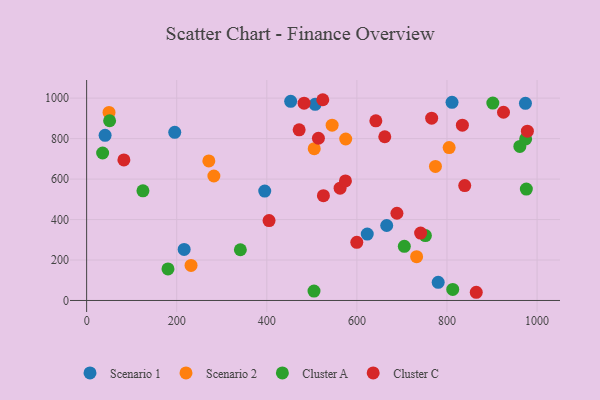
{"axis": {"x": "Study Hours", "y": "Fuel Efficiency"}, "legend": ["Cluster A", "Cluster C", "Scenario 1", "Scenario 2"], "data": [{"x": "453.0", "y": 984.5, "type": "Scenario 1"}, {"x": "623.0", "y": 328.4, "type": "Scenario 1"}, {"x": "395.4", "y": 540.9, "type": "Scenario 1"}, {"x": "507.3", "y": 969.7, "type": "Scenario 1"}, {"x": "41.0", "y": 816.4, "type": "Scenario 1"}, {"x": "811.2", "y": 979.2, "type": "Scenario 1"}, {"x": "216.5", "y": 252.4, "type": "Scenario 1"}, {"x": "780.5", "y": 89.7, "type": "Scenario 1"}, {"x": "666.2", "y": 370.6, "type": "Scenario 1"}, {"x": "195.6", "y": 831.3, "type": "Scenario 1"}, {"x": "974.2", "y": 974.2, "type": "Scenario 1"}, {"x": "49.7", "y": 929.2, "type": "Scenario 2"}, {"x": "505.3", "y": 750.1, "type": "Scenario 2"}, {"x": "804.8", "y": 755.8, "type": "Scenario 2"}, {"x": "774.4", "y": 662.5, "type": "Scenario 2"}, {"x": "231.8", "y": 173.2, "type": "Scenario 2"}, {"x": "575.2", "y": 798.2, "type": "Scenario 2"}, {"x": "282.5", "y": 615.3, "type": "Scenario 2"}, {"x": "545.0", "y": 866.5, "type": "Scenario 2"}, {"x": "732.6", "y": 216.7, "type": "Scenario 2"}, {"x": "271.3", "y": 689.5, "type": "Scenario 2"}, {"x": "35.5", "y": 728.8, "type": "Cluster A"}, {"x": "752.1", "y": 320.9, "type": "Cluster A"}, {"x": "976.2", "y": 550.4, "type": "Cluster A"}, {"x": "961.8", "y": 761.2, "type": "Cluster A"}, {"x": "812.8", "y": 54.4, "type": "Cluster A"}, {"x": "705.3", "y": 267.8, "type": "Cluster A"}, {"x": "504.8", "y": 46.4, "type": "Cluster A"}, {"x": "341.3", "y": 250.6, "type": "Cluster A"}, {"x": "125.0", "y": 542.0, "type": "Cluster A"}, {"x": "974.7", "y": 798.4, "type": "Cluster A"}, {"x": "180.6", "y": 155.7, "type": "Cluster A"}, {"x": "901.8", "y": 975.5, "type": "Cluster A"}, {"x": "51.0", "y": 888.2, "type": "Cluster A"}, {"x": "471.8", "y": 843.3, "type": "Cluster C"}, {"x": "839.4", "y": 568.0, "type": "Cluster C"}, {"x": "834.2", "y": 866.4, "type": "Cluster C"}, {"x": "688.9", "y": 431.2, "type": "Cluster C"}, {"x": "865.0", "y": 40.5, "type": "Cluster C"}, {"x": "514.6", "y": 801.8, "type": "Cluster C"}, {"x": "525.7", "y": 518.1, "type": "Cluster C"}, {"x": "642.1", "y": 887.7, "type": "Cluster C"}, {"x": "925.5", "y": 930.2, "type": "Cluster C"}, {"x": "405.0", "y": 394.8, "type": "Cluster C"}, {"x": "82.7", "y": 694.5, "type": "Cluster C"}, {"x": "524.3", "y": 992.2, "type": "Cluster C"}, {"x": "741.5", "y": 333.2, "type": "Cluster C"}, {"x": "978.5", "y": 836.6, "type": "Cluster C"}, {"x": "661.9", "y": 809.2, "type": "Cluster C"}, {"x": "766.0", "y": 900.8, "type": "Cluster C"}, {"x": "599.8", "y": 287.6, "type": "Cluster C"}, {"x": "562.7", "y": 555.0, "type": "Cluster C"}, {"x": "482.8", "y": 975.2, "type": "Cluster C"}, {"x": "574.6", "y": 591.0, "type": "Cluster C"}]}